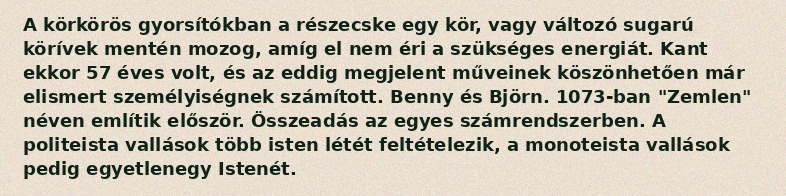
A körkörös gyorsítókban a részecske egy kör, vagy változó sugarú körívek mentén mozog, amíg el nem éri a szükséges energiát. Kant ekkor 57 éves volt, és az eddig megjelent műveinek köszönhetően már elismert személyiségnek számított. Benny és Björn. 1073-ban "Zemlen" néven említik először. Összeadás az egyes számrendszerben. A politeista vallások több isten létét feltételezik, a monoteista vallások pedig egyetlenegy Istenét.